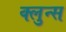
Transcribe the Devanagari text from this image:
क्लुन्स